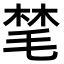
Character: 𪵝